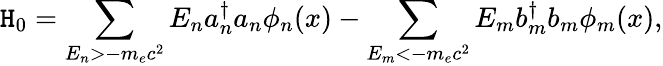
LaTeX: \mathtt{H}_{0}=\sum_{E_{n}>-m_{e}c^{2}}E_{n}a_{n}^{\dagger}a_{n}\phi_{n}(x)-\sum_{E_{m}<-m_{e}c^{2}}E_{m}b_{m}^{\dagger}b_{m}\phi_{m}(x),